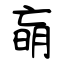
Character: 朚